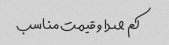
کم صدا و قیمت مناسب